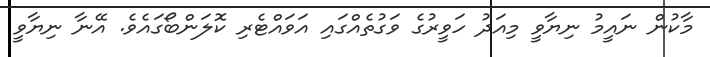
މާކުން ނައީމު ނިޔާވީ މިއަދު ހަވީރުގެ ވަގުތެއްގައި އަވައްޓެރި ކޮލަންބޯގައެެވެ. އޭނާ ނިޔާވީ